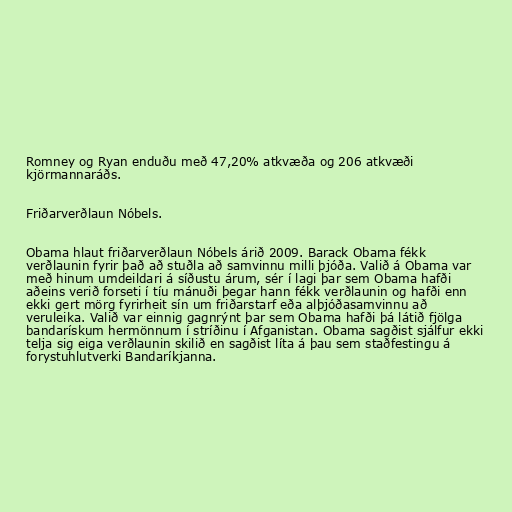
Romney og Ryan enduðu með 47,20% atkvæða og 206 atkvæði
kjörmannaráðs.

Friðarverðlaun Nóbels.

Obama hlaut friðarverðlaun Nóbels árið 2009. Barack Obama fékk
verðlaunin fyrir það að stuðla að samvinnu milli þjóða. Valið á Obama var
með hinum umdeildari á síðustu árum, sér í lagi þar sem Obama hafði
aðeins verið forseti í tíu mánuði þegar hann fékk verðlaunin og hafði enn
ekki gert mörg fyrirheit sín um friðarstarf eða alþjóðasamvinnu að
veruleika. Valið var einnig gagnrýnt þar sem Obama hafði þá látið fjölga
bandarískum hermönnum í stríðinu í Afganistan. Obama sagðist sjálfur ekki
telja sig eiga verðlaunin skilið en sagðist líta á þau sem staðfestingu á
forystuhlutverki Bandaríkjanna.